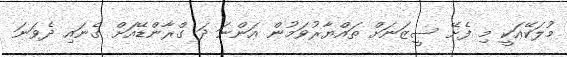
މުލަކޭއަކީ މި ފެށޭ ސީޒަނަށް ތައްޔާރުވަމުން އަންނަ ދަ ގްރާންޑޭއަށް ގެނައި ދެވަނަ